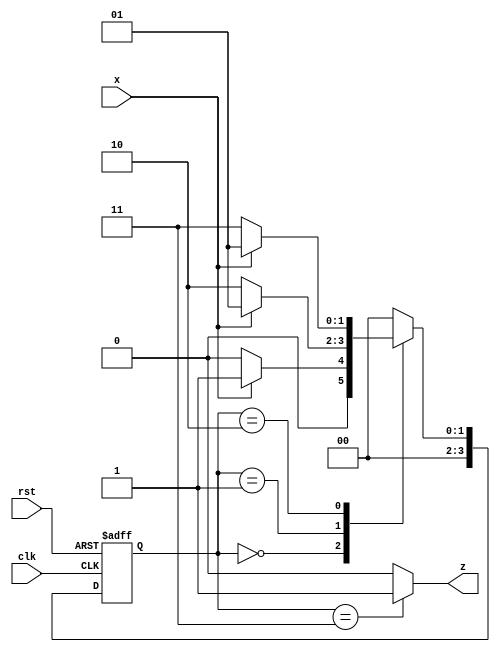
`timescale 1ns / 1ps
//////////////////////////////////////////////////////////////////////////////////
// Company: 
// Engineer: 
// 
// Design Name: 
// Module Name: mealy_nonoverlapping
// Project Name: 
// Target Devices: 
// Tool Versions: 
// Description: 
// 
// Dependencies: 
// 
// Revision:
// Revision 0.01 - File Created
// Additional Comments:
// 
//////////////////////////////////////////////////////////////////////////////////


module mealy_nonoverlapping(input clk, rst, x, output z);
  parameter s0 = 2'b00;
  parameter s1 = 2'b01;
  parameter s2 = 2'b10;
  parameter s3 = 2'b11;
  
  reg [3:0] ps, ns;
  always @(posedge clk or negedge rst) begin
    if(!rst) begin 
      ps <= s0;
    end
    else ps <= ns;
  end
  
  always @(ps or x) begin
    case(ps)
      s0: begin
           if(x == 0) ns = s0;
           else       ns = s1;
         end
      s1: begin
           if(x == 0) ns= s2;
           else       ns= s1;
         end
      s2: begin
           if(x == 0) ns = s3;
           else       ns = s1;
         end
      s3: begin
        if(x == 0)    ns = s0; //This state only differs when compared with Mealy Overlaping Machine
           else       ns = s0;
         end
      default: ns = s0;
    endcase
  end
  assign z = (ps == s3)? 1:0;
endmodule